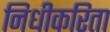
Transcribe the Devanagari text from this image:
निधीकरिता